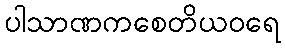
ပါသာဏကစေတိယဝရေ